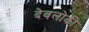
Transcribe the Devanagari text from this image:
देवलोकी